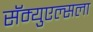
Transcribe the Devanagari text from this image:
सॅम्युएल्सला